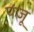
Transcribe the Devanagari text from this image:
पंजू